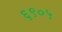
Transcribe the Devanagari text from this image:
६९०५